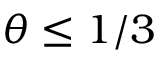
\theta \le 1 / 3